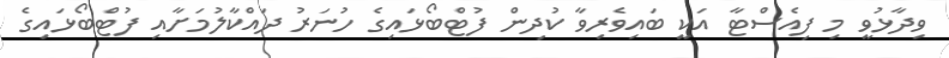
ވިދާޅުވީ މި ފިއެސްޓާ އަކީ ބައިވެރިވާ ކުދިން ފުޓްބޯޅައިގެ ހުނަރު ދައްކާލުމަށާއި ފުޓްބޯޅައިގެ